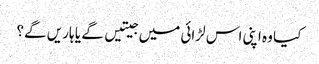
کیا وہ اپنی اس لڑائی میں جیتیں گے یا ہاریں گے؟